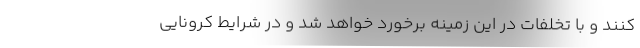
کنند و با تخلفات در این زمینه برخورد خواهد شد و در شرایط کرونایی